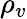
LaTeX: \rho_{v}